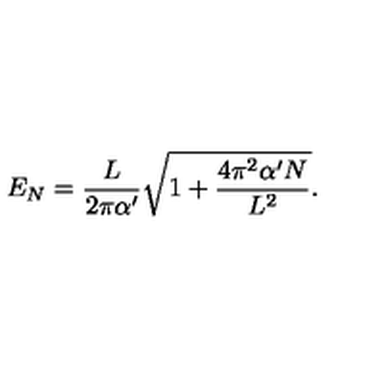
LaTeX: E _ { N } = \frac { L } { 2 \pi \alpha ^ { \prime } } \sqrt { 1 + \frac { 4 \pi ^ { 2 } \alpha ^ { \prime } N } { L ^ { 2 } } } .